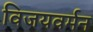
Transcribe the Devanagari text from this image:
विजयवर्मन